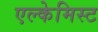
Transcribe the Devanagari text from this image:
एल्केमिस्ट